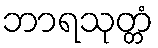
ဘာရသုတ္တံ